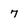
Character: 7